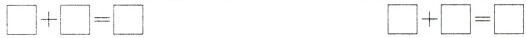
$$\Box + \Box = \Box$$ $$\Box + \Box = \Box$$